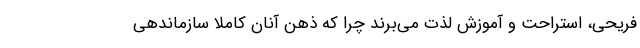
فریحی، استراحت و آموزش لذت می‌برند چرا که ذهن آنان کاملا سازماندهی